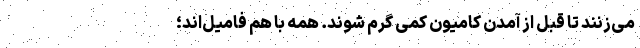
می‌زنند تا قبل از آمدن کامیون کمی‌ گرم شوند. همه با هم فامیل‌اند؛